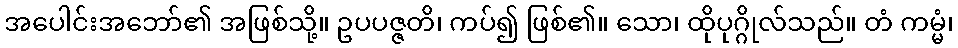
အပေါင်းအဘော်၏ အဖြစ်သို့။ ဥပပဇ္ဇတိ၊ ကပ်၍ ဖြစ်၏။ သော၊ ထိုပုဂ္ဂိုလ်သည်။ တံ ကမ္မံ၊